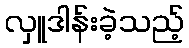
လှူဒါန်းခဲ့သည့်